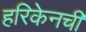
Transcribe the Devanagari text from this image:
हरिकेनची